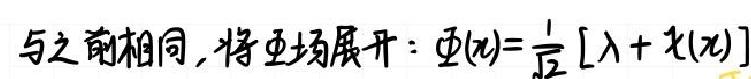
与之前相同,将 $\Phi$ 场展开: $\Phi(x)=\frac{1}{\sqrt{2}}[\lambda+\chi(x)]$